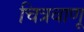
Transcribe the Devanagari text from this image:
चित्रवाणू